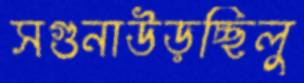
সগুনাউড়চ্ছিলু